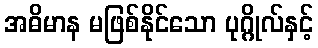
အဓိမာန မဖြစ်နိုင်သော ပုဂ္ဂိုလ်နှင့်